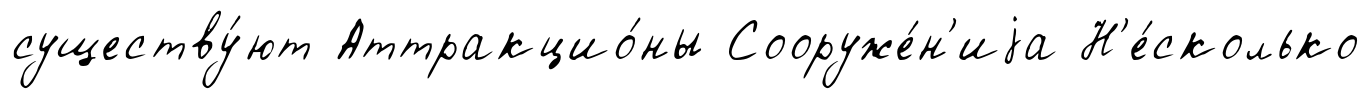
существу́ют Аттракцио́ны Сооруже́н'иjа Н'е́сколько